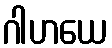
ဂါဟယေ